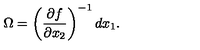
\Omega = \left( \frac { \partial f } { \partial x _ { 2 } } \right) ^ { - 1 } d x _ { 1 } .